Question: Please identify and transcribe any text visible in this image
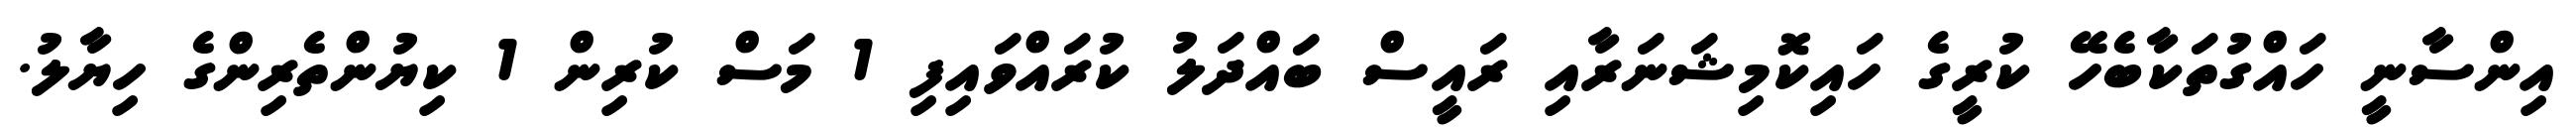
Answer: އިންސާނީ ހައްގުތަކާބެހޭ ކުރީގެ ހައިކޮމިޝަނަރާއި ރައީސް ބައްދަލު ކުރައްވައިފި 1 މަސް ކުރިން 1 ކިޔުންތެރިންގެ ހިޔާލު.